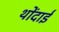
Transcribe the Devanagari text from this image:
थोंदाई